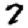
Digit: 7